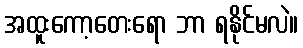
အထူးကော့တေးရော ဘာ ရနိုင်မလဲ။